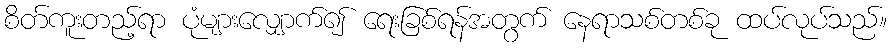
စိတ်ကူးတည့်ရာ ပုံများလျှောက်၍ ရေးခြစ်ရန်အတွက် နေရာသစ်တစ်ခု ထပ်လုပ်သည်။